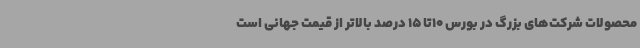
محصولات شرکت‌های بزرگ در بورس 10تا 15 درصد بالاتر از قیمت جهانی است